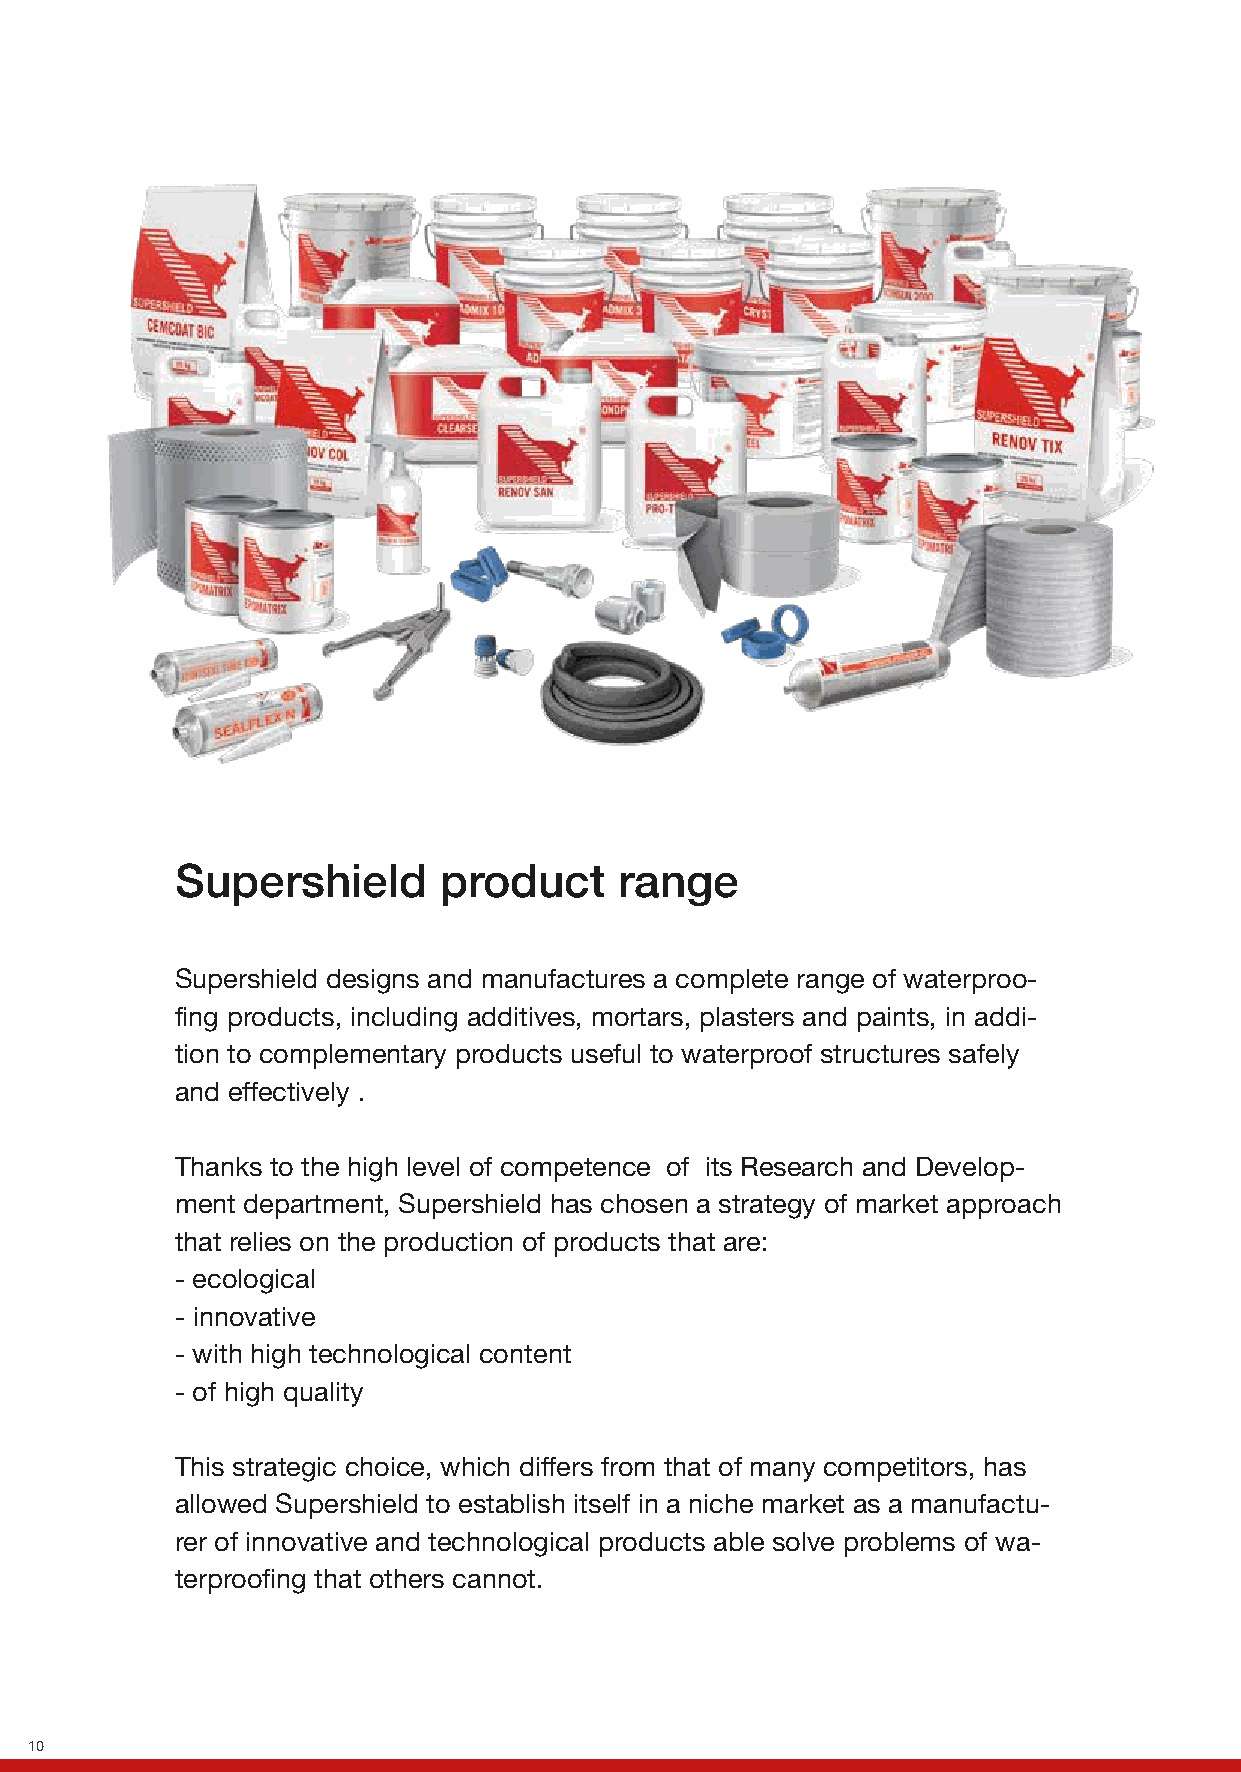
Supershield      product     range
 Supershield designs and manufactures a complete range of waterproo-
 fing products, including additives, mortars, plasters and paints, in addi-
 tion to complementary products useful to waterproof structures safely
 and effectively .
 Thanks to the high level of competence of its Research and Develop-
 ment department, Supershield has chosen a strategy of market approach
 that relies on the production of products that are:
 - ecological
 - innovative
 - with high technological content
 - of high quality
 This strategic choice, which differs from that of many competitors, has
 allowed Supershield to establish itself in a niche market as a manufactu-
 rer of innovative and technological products able solve problems of wa-
 terproofing that others cannot.
 10